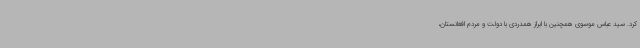
کرد. سید عباس موسوی همچنین با ابراز همدردی با دولت و مردم افغانستان،